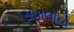
સવાલોનો